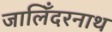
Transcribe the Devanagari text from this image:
जालिँदरनाथ